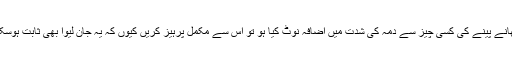
اگر کھانے پینے کی کسی چیز سے دمہ کی شدت میں اضافہ نوٹ کیا ہو تو اس سے مکمل پرہیز کریں کیوں کہ یہ جان لیوا بھی ثابت ہوسکتا ہے۔